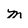
Character: m